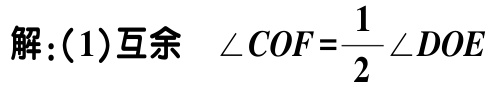
解:(1)互余 $\angle COF=\frac{1}{2}\angle DOE$